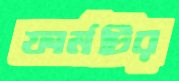
ফার্মটির